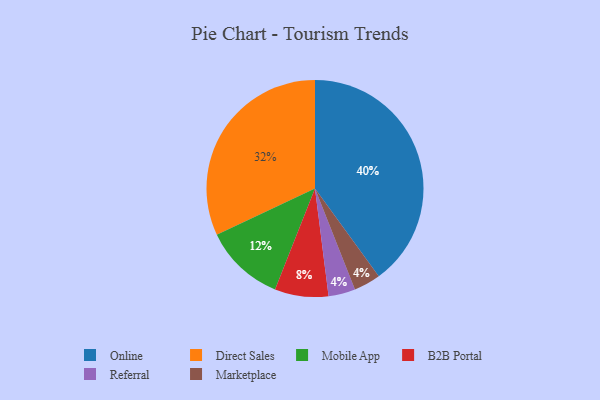
{"axis": {"x": "Category", "y": "Percentage"}, "legend": ["B2B Portal", "Direct Sales", "Marketplace", "Mobile App", "Online", "Referral"], "data": [{"x": "Online", "y": 40, "type": "Online"}, {"x": "Mobile App", "y": 12, "type": "Mobile App"}, {"x": "Direct Sales", "y": 32, "type": "Direct Sales"}, {"x": "B2B Portal", "y": 8, "type": "B2B Portal"}, {"x": "Referral", "y": 4, "type": "Referral"}, {"x": "Marketplace", "y": 4, "type": "Marketplace"}]}